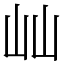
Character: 屾